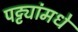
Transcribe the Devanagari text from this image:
पट्ट्यांमधे